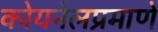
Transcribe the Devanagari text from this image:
कोयनेलप्रमाणे